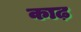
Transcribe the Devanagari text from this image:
काढ़